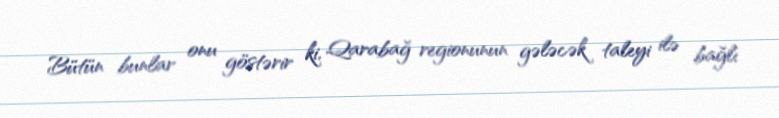
Bütün bunlar onu göstərir ki, Qarabağ regionunun gələcək taleyi ilə bağlı